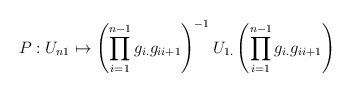
LaTeX: \begin{align*}P:U_{n1} \mapsto \left(\prod_{i=1}^{n-1}g_{i.}g_{ii+1}\right)^{-1}U_{1.}\left(\prod_{i=1}^{n-1}g_{i.}g_{ii+1}\right)\end{align*}